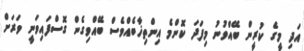
އަދި މީގެ ކުރީން ބޭއްވުނު މިފަދަ ކޮންމެ އިންތިޚާބެއްވެސް ބޭއްވިގެން ގޮސްފައިވަނީ ވަރަށް